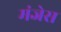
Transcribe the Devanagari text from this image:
मंजेस